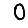
Digit: 0